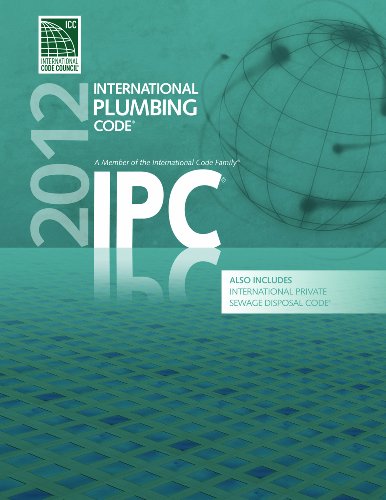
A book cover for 2012 International Plumbing Code (Includes International Private Sewage Disposal Code) (International Code Council Series); International Code Council; Engineering & Transportation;